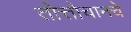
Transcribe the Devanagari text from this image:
तोत्तोचानचे